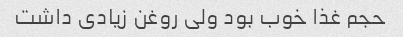
حجم غذا خوب بود ولی روغن زیادی داشت